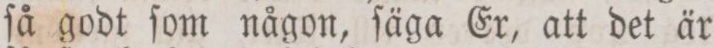
ſå godt ſom någon, ſäga Er, att det är